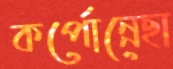
কর্পোন্নেছা